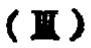
(\mathbb{H})